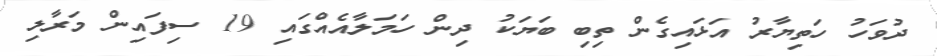
ދުވަހު ހަތިޔާރު އަޅައިގެން ތިބި ބަޔަކު ދިން ހަމަލާއެއްގައި 19 ސިފައިން މަރާލި